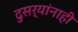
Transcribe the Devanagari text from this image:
दुसर्‍यांनाही